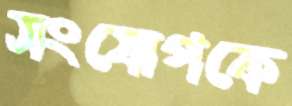
সংযোগকে